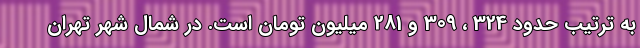
به ترتیب حدود 324 ، 309 و 281 میلیون تومان است. در شمال شهر تهران